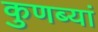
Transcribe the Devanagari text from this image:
कुणब्यां